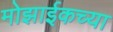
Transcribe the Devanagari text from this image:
मोझाईकच्या